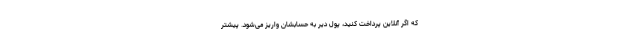
که اگر آنلاین پرداخت کنید، پول دیر به حسابشان واریز می‌شود. پیشتر